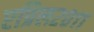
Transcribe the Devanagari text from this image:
एप्रिल२०११